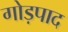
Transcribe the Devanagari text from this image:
गोड़पाद